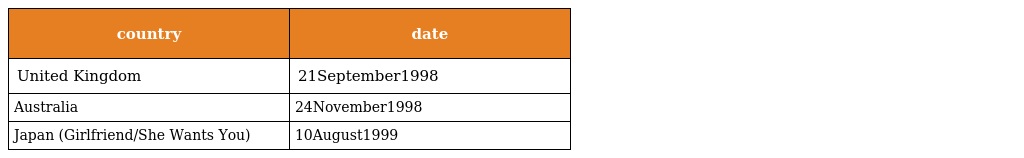
| country | date |
 | --- | --- |
 | United Kingdom | 21September1998 |
 | Australia | 24November1998 |
 | Japan (Girlfriend/She Wants You) | 10August1999 |